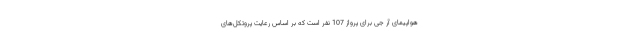
هواپیمای آر جی برای پرواز 107 نفر است که بر اساس رعایت پروتکل‌های